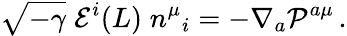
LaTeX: \sqrt{-\gamma}\; {\cal E}^{i}(L)\; n^{\mu}{}_{i}=-\nabla_{a}{\cal P}^{a\mu}\, .